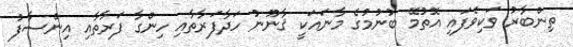
ތިންބާރު ވަކިވެފައި އޮތުމޭ ބުނުމުގެ މާނައަކީ ޤާނޫނު ހަދާފަރާތާއި ހިންގާ ފަރާތާއި އިންސާފު